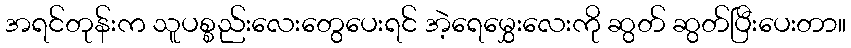
အရင်တုန်းက သူပစ္စည်းလေးတွေပေးရင် အဲ့ရေမွှေးလေးကို ဆွတ် ဆွတ်ပြီးပေးတာ။